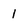
Character: l